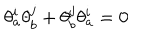
\theta _ { a } ^ { i } \theta _ { b } ^ { j } + \theta _ { b } ^ { j } \theta _ { a } ^ { i } = 0